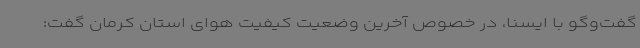
گفت‌وگو با ایسنا، در خصوص آخرین وضعیت کیفیت هوای استان کرمان گفت: